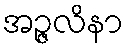
အဉ္ဇလိနာ